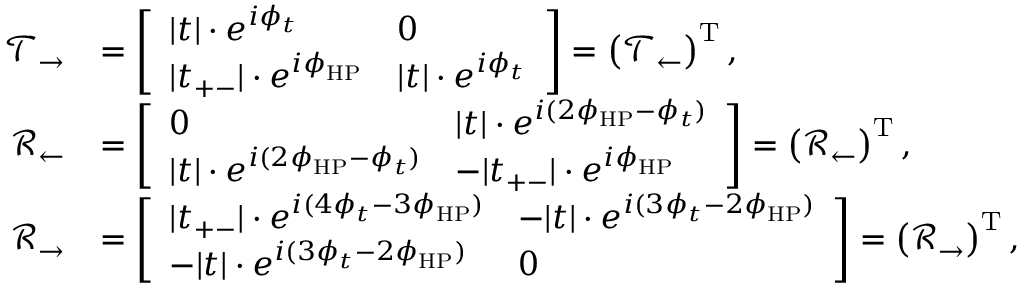
\begin{array} { r l } { \mathcal { T } _ { \rightarrow } } & { = \left[ \begin{array} { l l } { | t | \cdot e ^ { i \phi _ { t } } } & { 0 } \\ { | t _ { + - } | \cdot e ^ { i \phi _ { \mathrm { H P } } } } & { | t | \cdot e ^ { i \phi _ { t } } } \end{array} \right] = \left( \mathcal { T } _ { \leftarrow } \right) ^ { \mathrm { T } } , } \\ { \mathcal { R } _ { \leftarrow } } & { = \left[ \begin{array} { l l } { 0 } & { | t | \cdot e ^ { i ( 2 \phi _ { \mathrm { H P } } - \phi _ { t } ) } } \\ { | t | \cdot e ^ { i ( 2 \phi _ { \mathrm { H P } } - \phi _ { t } ) } } & { - | t _ { + - } | \cdot e ^ { i \phi _ { \mathrm { H P } } } } \end{array} \right] = \left( \mathcal { R } _ { \leftarrow } \right) ^ { \mathrm { T } } , } \\ { \mathcal { R } _ { \rightarrow } } & { = \left[ \begin{array} { l l } { | t _ { + - } | \cdot e ^ { i ( 4 \phi _ { t } - 3 \phi _ { \mathrm { H P } } ) } } & { - | t | \cdot e ^ { i ( 3 \phi _ { t } - 2 \phi _ { \mathrm { H P } } ) } } \\ { - | t | \cdot e ^ { i ( 3 \phi _ { t } - 2 \phi _ { \mathrm { H P } } ) } } & { 0 } \end{array} \right] = \left( \mathcal { R } _ { \rightarrow } \right) ^ { \mathrm { T } } , } \end{array}